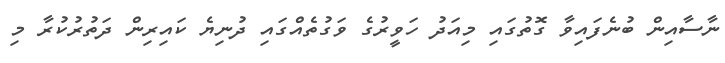
ނާސާއިން ބުނެފައިވާ ގޮތުގައި މިއަދު ހަވީރުގެ ވަގުތެއްގައި ދުނިޔެ ކައިރިން ދަތުރުކުރާ މި